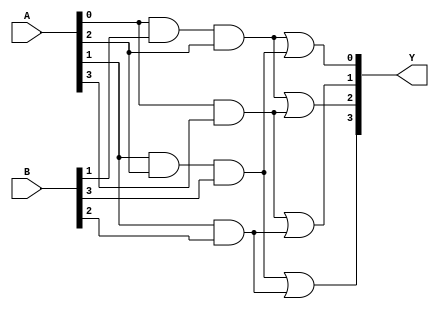
module fused_pal (
    input wire [3:0] A, // Input lines (A0, A1, A2, A3)
    input wire [3:0] B, // Input complements (B0 = ~A0, B1 = ~A1, etc.)
    output wire [3:0] Y  // Output lines (Y0, Y1, Y2, Y3)
);

// Example configuration for programmable AND gates
// Each AND gate can be configured to receive inputs and their complements

wire and_out0, and_out1, and_out2, and_out3;

// AND gate configurations (can be programmed)
assign and_out0 = A[0] & B[1] & A[2]; // Example: A0 & ~A1 & A2
assign and_out1 = A[1] & A[2] & B[3]; // Example: A1 & A2 & ~A3
assign and_out2 = A[0] & A[3];        // Example: A0 & A3
assign and_out3 = A[1] & B[2];        // Example: A1 & ~A2

// Fixed OR Plane combining product terms
assign Y[0] = and_out0 | and_out1; // Output Y0 = (A0 & ~A1 & A2) | (A1 & A2 & ~A3)
assign Y[1] = and_out2 | and_out3; // Output Y1 = (A0 & A3) | (A1 & ~A2)
assign Y[2] = and_out0 | and_out2; // Output Y2 = (A0 & ~A1 & A2) | (A0 & A3)
assign Y[3] = and_out1 | and_out3; // Output Y3 = (A1 & A2 & ~A3) | (A1 & ~A2)

endmodule